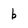
Character: b